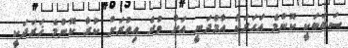
ސަބަބަކީ ކޮންމެ އަހަރަކު އާމްދަނީ އަށް ވުރެ އިތުރަށް ކުރާ ކޮންމެ ޚަރަދަކީ